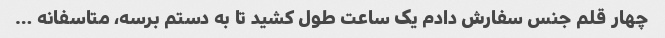
چهار قلم جنس سفارش دادم یک ساعت طول کشید تا به دستم برسه، متاسفانه …